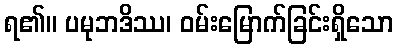
ရ၏။ ပမုဘဒိဿ၊ ဝမ်းမြောက်ခြင်းရှိသော